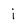
Character: i